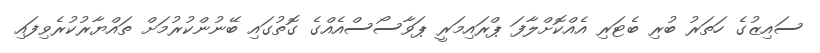
ސައިޒުގެ ހަތަރު ބުރި ބެޓަރި އެއްކޮށްލާފަ ޕްރައިމަރީ ޕަވާސޯސްއެއްގެ ގޮތުގައި ބޭނުންކުރުމަށް ތައްޔާރުކުރެވިފައި